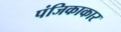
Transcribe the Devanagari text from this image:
पंजिकाकार